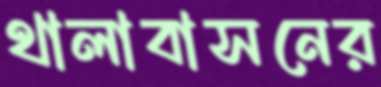
থালাবাসনের